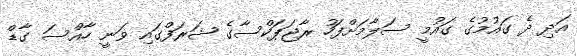
އަދި ދެ ގައުމުގެ ގައުމީ ސަލާމަށްފަހު ރާޖަޕަކްސާގެ ޝަރަފްގައި ވަނީ ހާއްސަ ގާޑް